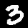
Label: 3